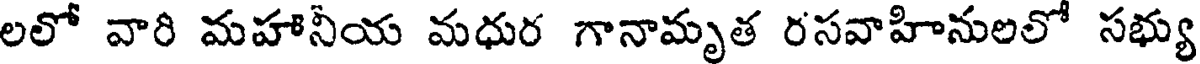
లలో వారి మహానీయ మధుర గానామృత రసవాహినులలో సభ్యు